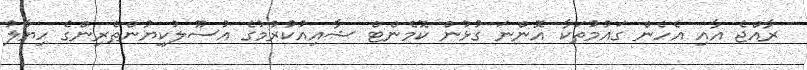
ރާއްޖެ އާއި އެހެން ގައުމުތަކާ އޮންނަ ގުޅުން ކޮމެންޓް ޝާއިއުކުރުމުގެ އުސޫލުކިޔުންތެރިންގެ ހިޔާލު